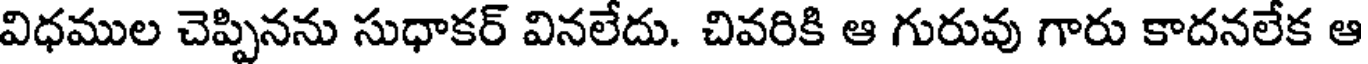
విధముల చెప్పినను సుధాకర్ వినలేదు. చివరికి ఆ గురువు గారు కాదనలేక ఆ